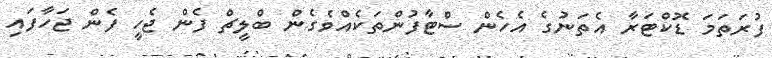
ފުރަތަމަ ޑޮކްޓަރާ އެތަނުގެ އެހެން ސްޓާފުންތަކެއްވެގެން ބްލީޗް ފެން ޖެހީ ފެން ޖަހާފައި